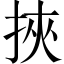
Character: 挾